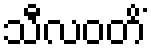
သီလဝတိံ